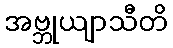
အဗ္ဘုယျာသီတိ